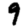
Digit: 9